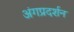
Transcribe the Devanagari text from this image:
अंगप्रदर्शन